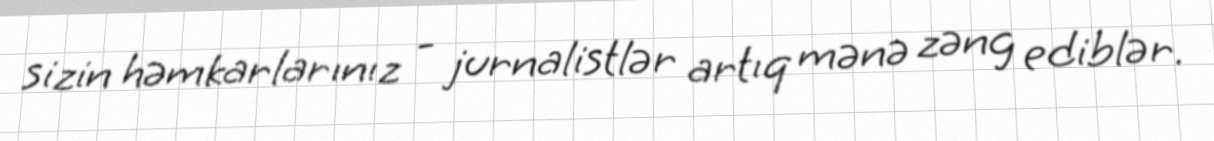
sizin həmkarlarınız - jurnalistlər artıq mənə zəng ediblər.